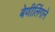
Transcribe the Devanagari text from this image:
बेणीलिंगाने